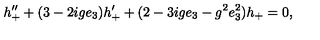
h _ { + } ^ { \prime \prime } + ( 3 - 2 i g e _ { 3 } ) h _ { + } ^ { \prime } + ( 2 - 3 i g e _ { 3 } - g ^ { 2 } e _ { 3 } ^ { 2 } ) h _ { + } = 0 ,